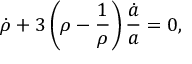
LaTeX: \dot { \rho } + 3 \left( \rho - \frac 1 { \rho } \right) \frac { \dot { a } } { a } = 0 ,